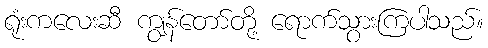
ရုံးကလေးဆီ ကျွန်တော်တို့ ရောက်သွားကြပါသည်။